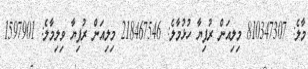
މާލެ: 810347307 މިލިއަން ރުފިޔާ ހުޅުމާލެ: 218467546 މިލިއަން ރުފިޔާ ވިލިމާލެ: 1597901